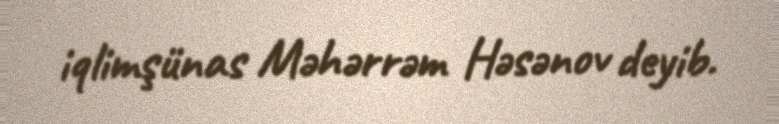
iqlimşünas Məhərrəm Həsənov deyib.